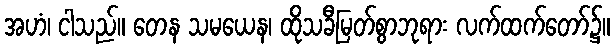
အဟံ၊ ငါသည်။ တေန သမယေန၊ ထိုသခီမြတ်စွာဘုရား လက်ထက်တော်၌။